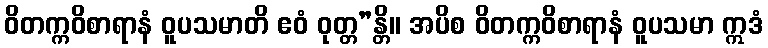
ဝိတက္ကဝိစာရာနံ ဝူပသမာတိ ဧဝံ ဝုတ္တ”န္တိ။ အပိစ ဝိတက္ကဝိစာရာနံ ဝူပသမာ ဣဒံ